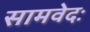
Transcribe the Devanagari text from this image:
सामवेदः